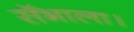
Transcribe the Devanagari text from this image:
सॅभाला।